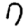
Digit: 7